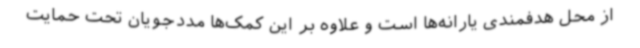
از محل هدفمندی یارانه‌ها است و علاوه بر این کمک‌ها مددجویان تحت حمایت